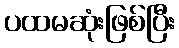
ပထမဆုံးဖြစ်ပြီး